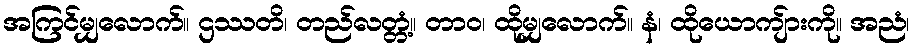
အကြင်မျှလောက်။ ဌဿတိ၊ တည်လတ္တံ့။ တာဝ၊ ထိုမျှလောက်။ နံ၊ ထိုယောကျ်ားကို။ အညံ၊